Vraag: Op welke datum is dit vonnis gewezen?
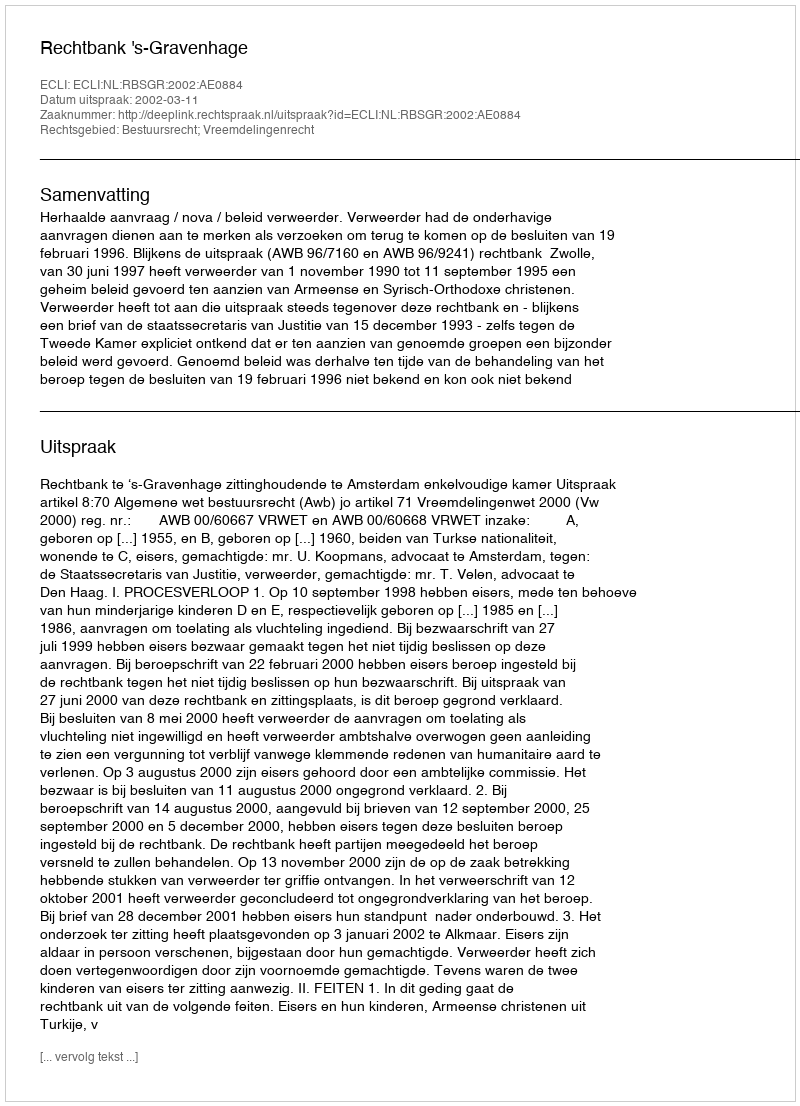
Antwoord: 2002-03-11